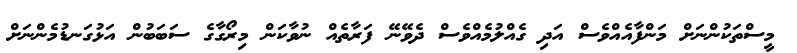
މީސްތަކުންނަށް މަންފާއެއްވެސް އަދި ގެއްލުމެއްވެސް ދެވޭނޭ ފަރާތެއް ނުވާކަން މިރޯގާގެ ސަބަބުން އަޅުގަނޑުމެންނަށް